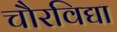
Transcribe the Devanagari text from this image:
चौरविद्या